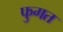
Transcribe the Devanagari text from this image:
फुगत